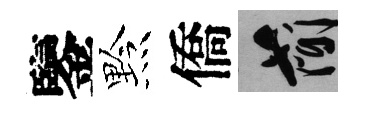
鑒黔僑簡